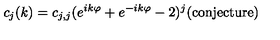
c _ { j } ( k ) = c _ { j , j } ( e ^ { i k \varphi } + e ^ { - i k \varphi } - 2 ) ^ { j } \mathrm { ( c o n j e c t u r e ) }